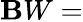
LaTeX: \mathbf{B}W=